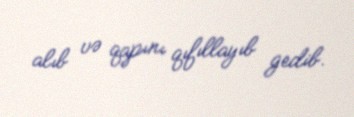
alıb və qapını qıfıllayıb gedib.